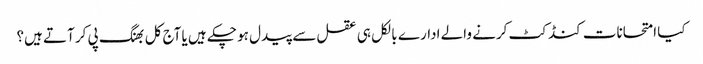
کیا امتحانات کنڈکٹ کرنے والے ادارے بالکل ہی عقل سے پیدل ہو چکے ہیں یا آج کل بھنگ پی کر آتے ہیں؟